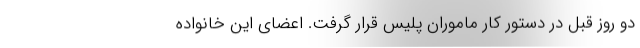
دو روز قبل در دستور کار ماموران پلیس قرار گرفت. اعضای این خانواده